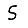
Digit: 5